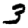
Digit: 3